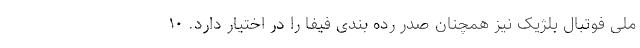
ملی فوتبال بلژیک نیز همچنان صدر رده بندی فیفا را در اختیار دارد. ۱۰